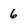
Character: 6